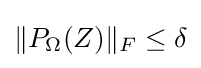
\|P_{\Omega }(Z)\|_{F}\leq \delta